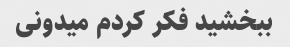
ببخشید فکر کردم میدونی